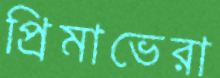
প্রিমাভেরা